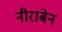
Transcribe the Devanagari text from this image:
नीराबेन